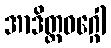
အာဒိတ္တဝဂ္ဂေါ